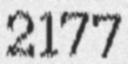
2177